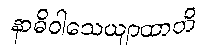
နာဓိဝါသေယျာထာတိ